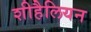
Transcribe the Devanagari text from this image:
शीहैलियन